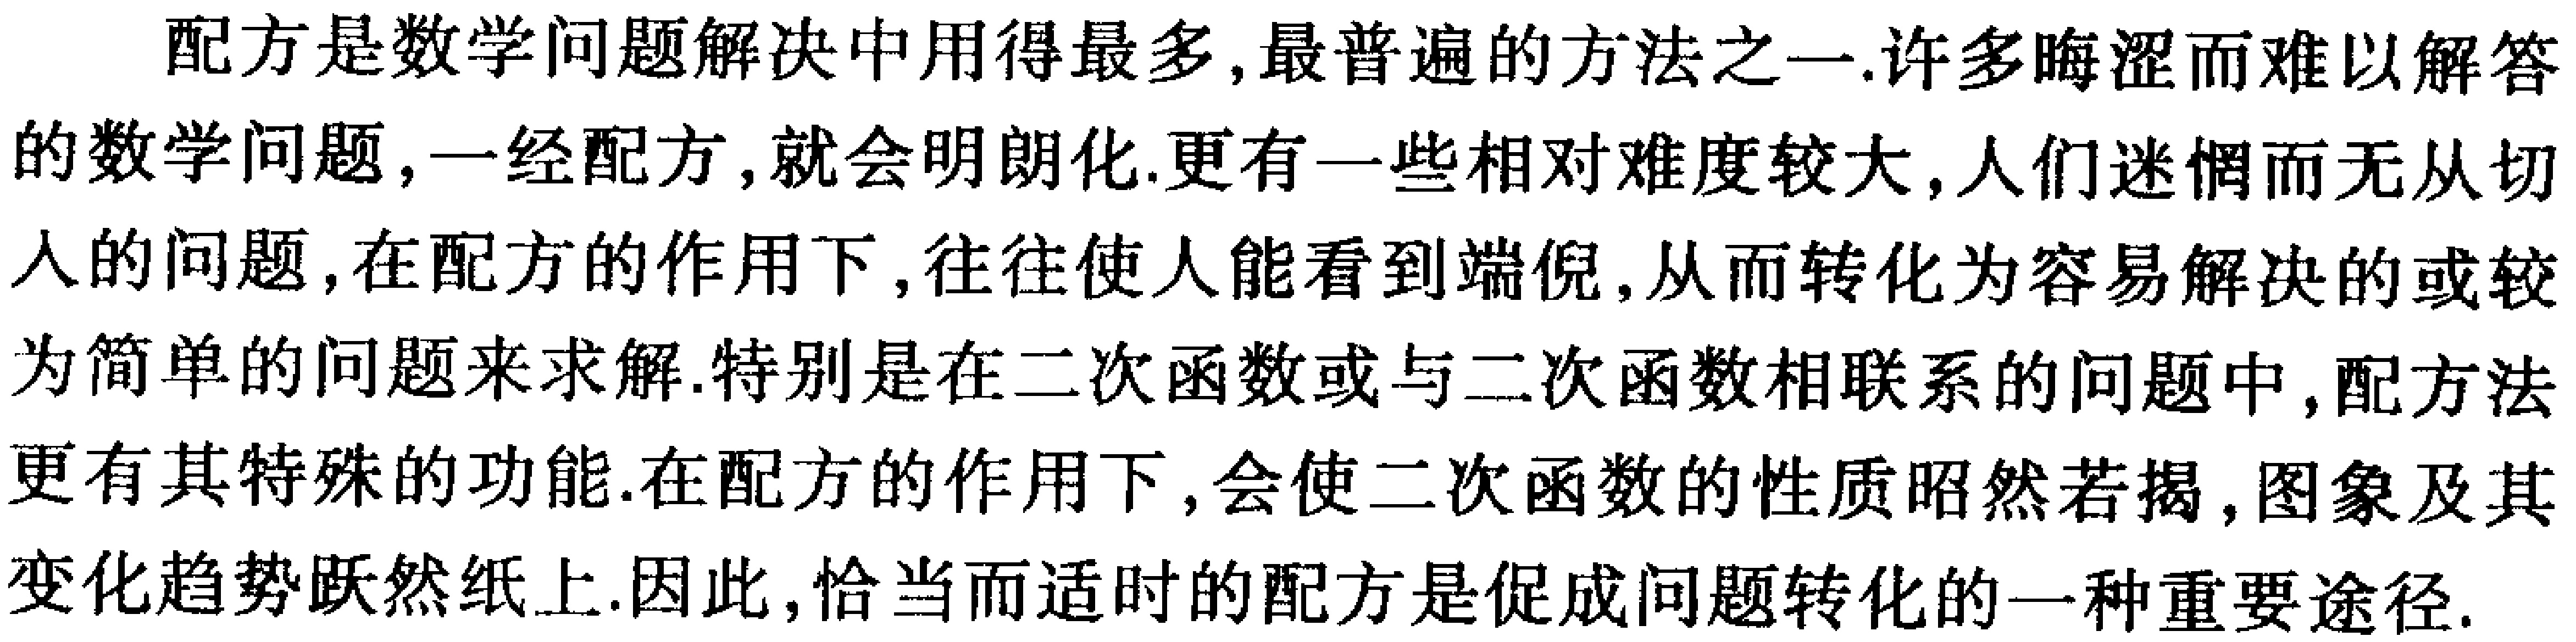
配方是数学问题解决中用得最多,最普遍的方法之一.许多晦涩而难以解答的数学问题,一经配方,就会明朗化.更有一些相对难度较大,人们迷惘而无从切入的问题,在配方的作用下,往往使人能看到端倪,从而转化为容易解决的或较为简单的问题来求解.特别是在二次函数或与二次函数相联系的问题中,配方法更有其特殊的功能.在配方的作用下,会使二次函数的性质昭然若揭,图象及其变化趋势跃然纸上.因此,恰当而适时的配方是促成问题转化的一种重要途径.